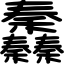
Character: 䆐